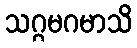
သဂ္ဂမဂမာသိ